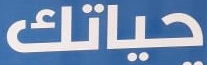
حياتك